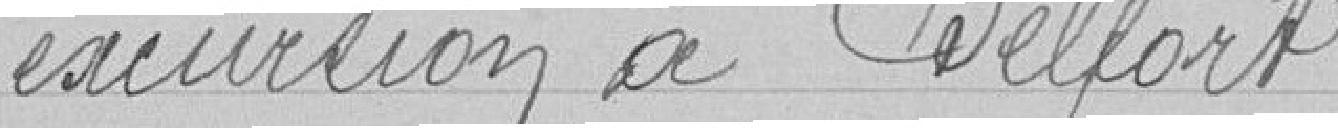
excursion à Belfort.